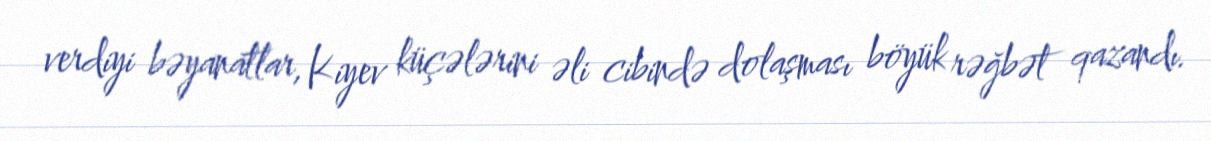
verdiyi bəyanatlar, Kiyev küçələrini əli cibində dolaşması böyük rəğbət qazandı.